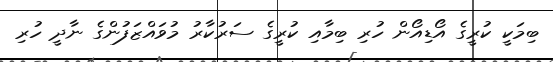
ބިމަކީ ކުރީގެ އޯޑިއޯން ހުރި ބިމާއި ކުރީގެ ސަރުކާރު މުވައްޒަފުންގެ ނާދީ ހުރި